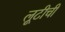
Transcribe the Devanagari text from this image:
लूटीची